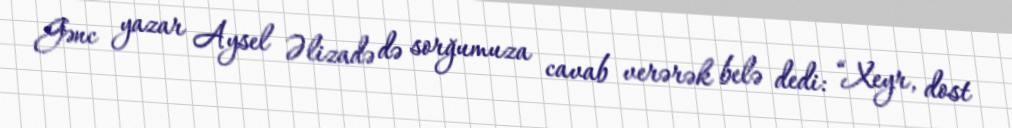
Gənc yazar Aysel Əlizadə də sorğumuza cavab verərək belə dedi: “Xeyr, dost